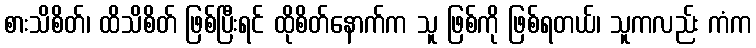
စားသိစိတ်၊ ထိသိစိတ် ဖြစ်ပြီးရင် ထိုစိတ်နောက်က သူ ဖြစ်ကို ဖြစ်ရတယ်၊ သူကလည်း ကံက